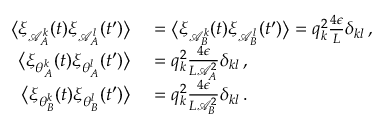
\begin{array} { r l } { \big \langle \xi _ { \mathcal { A } _ { A } ^ { k } } ( t ) \xi _ { \mathcal { A } _ { A } ^ { l } } ( t ^ { \prime } ) \big \rangle } & { { } = \big \langle \xi _ { \mathcal { A } _ { B } ^ { k } } ( t ) \xi _ { \mathcal { A } _ { B } ^ { l } } ( t ^ { \prime } ) \big \rangle = q _ { k } ^ { 2 } \frac { 4 \epsilon } { L } \delta _ { k l } \, , } \\ { \big \langle \xi _ { \theta _ { A } ^ { k } } ( t ) \xi _ { \theta _ { A } ^ { l } } ( t ^ { \prime } ) \big \rangle } & { { } = q _ { k } ^ { 2 } \frac { 4 \epsilon } { L \mathcal { A } _ { A } ^ { 2 } } \delta _ { k l } \, , } \\ { \big \langle \xi _ { \theta _ { B } ^ { k } } ( t ) \xi _ { \theta _ { B } ^ { l } } ( t ^ { \prime } ) \big \rangle } & { { } = q _ { k } ^ { 2 } \frac { 4 \epsilon } { L \mathcal { A } _ { B } ^ { 2 } } \delta _ { k l } \, . } \end{array}